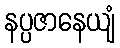
နပ္ပဇာနေယျံ